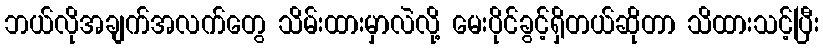
ဘယ်လိုအချက်အလက်တွေ သိမ်းထားမှာလဲလို့ မေးပိုင်ခွင့်ရှိတယ်ဆိုတာ သိထားသင့်ပြီး